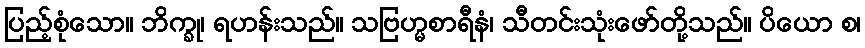
ပြည့်စုံသော။ ဘိက္ခု၊ ရဟန်းသည်။ သဗြဟ္မစာရီနံ၊ သီတင်းသုံးဖော်တို့သည်။ ပိယော စ၊